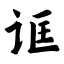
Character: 诓